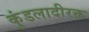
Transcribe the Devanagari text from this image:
कुंडलादीरक्त